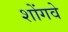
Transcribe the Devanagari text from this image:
शोंगवे